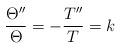
LaTeX: \begin{align*}\begin{aligned}\frac{\Theta''}{\Theta}=-\frac{T''}{T}=k\\\end{aligned}\end{align*}